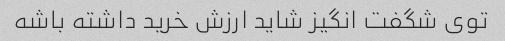
توی شگفت انگیز شاید ارزش خرید داشته باشه